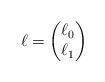
LaTeX: \begin{align*} \ell = \begin{pmatrix} \ell_0 \\ \ell_1 \end{pmatrix}\end{align*}